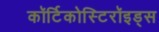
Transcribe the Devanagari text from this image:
कॉर्टिकोस्टिरॉइड्स